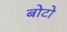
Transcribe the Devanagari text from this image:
बोटो